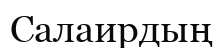
Салаирдың